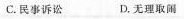
C.民事诉讼 D.无理取闹